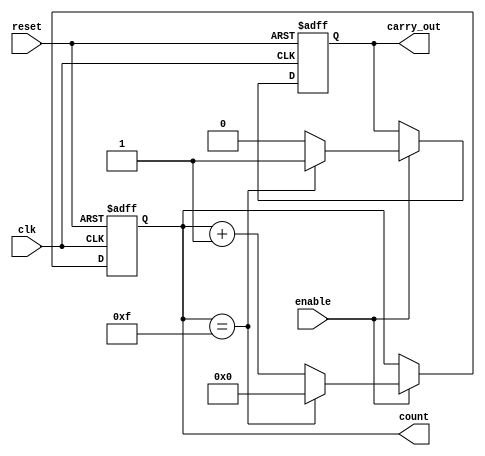
module NBitCounter #(parameter N = 4)(
    input wire clk,
    input wire reset,
    input wire enable,
    output reg [N-1:0] count,
    output reg carry_out
);
    always @(posedge clk or posedge reset) begin
        if (reset) begin
            count <= 0;
            carry_out <= 0;
        end else if (enable) begin
            if (count == {N{1'b1}}) begin
                count <= 0;
                carry_out <= 1;
            end else begin
                count <= count + 1;
                carry_out <= 0;
            end
        end
    end
endmodule